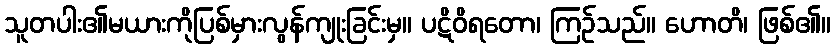
သူတပါး၏မယားကိုပြစ်မှားလွန်ကျုးခြင်းမှ။ ပဋိဝိရတော၊ ကြဉ်သည်။ ဟောတိ၊ ဖြစ်၏။